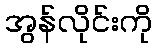
အွန်လိုင်းကို